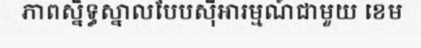
ភាពស្និទ្ធស្នាលបែបស៊ីអារម្មណ៍ជាមួយ ខេម